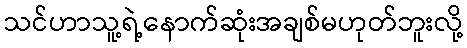
သင်ဟာသူ့ရဲ့နောက်ဆုံးအချစ်မဟုတ်ဘူးလို့